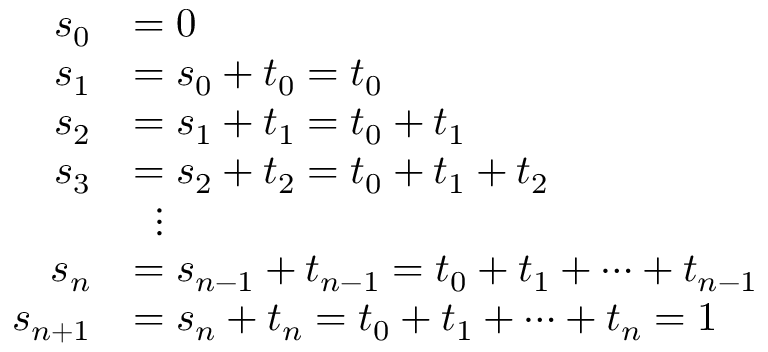
{ \begin{array} { r l } { s _ { 0 } } & { = 0 } \\ { s _ { 1 } } & { = s _ { 0 } + t _ { 0 } = t _ { 0 } } \\ { s _ { 2 } } & { = s _ { 1 } + t _ { 1 } = t _ { 0 } + t _ { 1 } } \\ { s _ { 3 } } & { = s _ { 2 } + t _ { 2 } = t _ { 0 } + t _ { 1 } + t _ { 2 } } \\ & { \; \; \vdots } \\ { s _ { n } } & { = s _ { n - 1 } + t _ { n - 1 } = t _ { 0 } + t _ { 1 } + \cdots + t _ { n - 1 } } \\ { s _ { n + 1 } } & { = s _ { n } + t _ { n } = t _ { 0 } + t _ { 1 } + \cdots + t _ { n } = 1 } \end{array} }